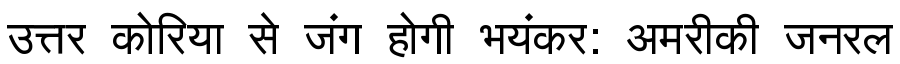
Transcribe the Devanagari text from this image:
उत्तर कोरिया से जंग होगी भयंकर: अमरीकी जनरल